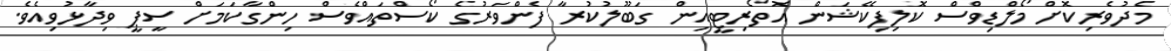
މެދުވެރިކޮށް މޯލްޑިވްސް ކޮލިފިކޭޝަން އޮތޯރިޓީއިން ގަބޫލުކުރާ ފެންވަރުގެ ކޯސްތައްވެސް ހިންގާކަމަށް ސީޕީ ވިދާޅުވިއެވެ.